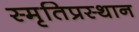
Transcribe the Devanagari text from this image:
स्मृतिप्रस्थान